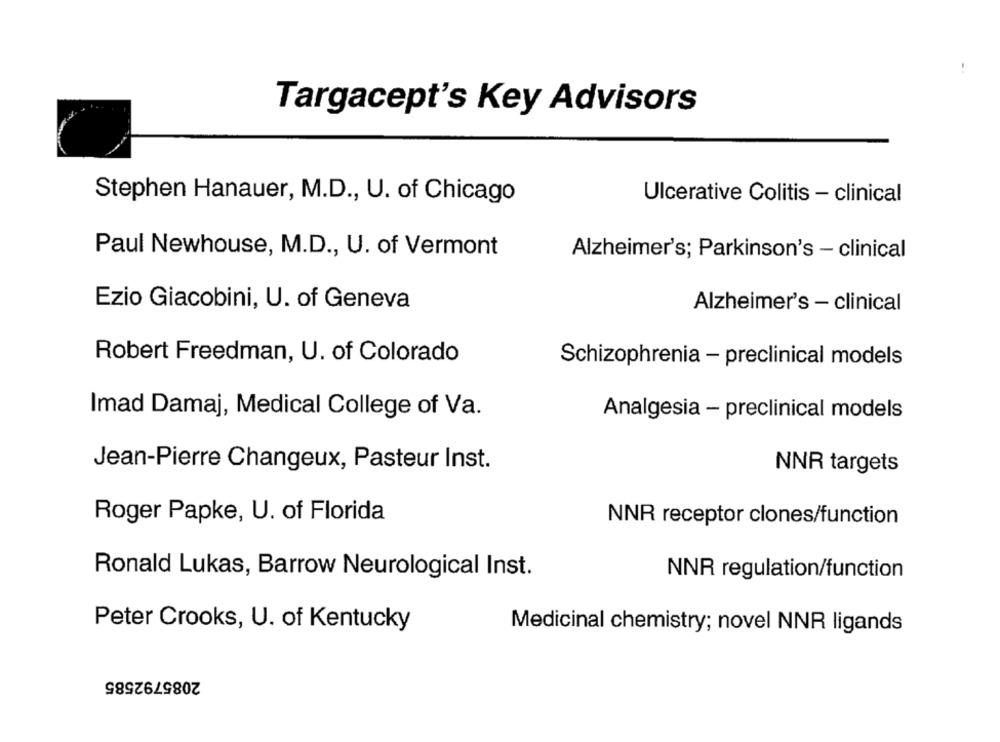
Targacept's Key Advisors
Stephen Hanauer, M.D ., U. of Chicago
Ulcerative Colitis - clinical
Paul Newhouse, M.D ., U. of Vermont
Alzheimer's; Parkinson's - clinical
Ezio Giacobini, U. of Geneva
Alzheimer's - clinical
Robert Freedman, U. of Colorado
Schizophrenia - preclinical models
Imad Damaj, Medical College of Va.
Analgesia - preclinical models
Jean-Pierre Changeux, Pasteur Inst.
NNR targets
Roger Papke, U. of Florida
NNR receptor clones/function
Ronald Lukas, Barrow Neurological Inst.
NNR regulation/function
Peter Crooks, U. of Kentucky
Medicinal chemistry; novel NNR ligands
2085792585